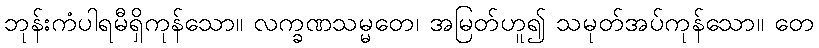
ဘုန်းကံပါရမီရှိကုန်သော။ လက္ခဏသမ္မတေ၊ အမြတ်ဟူ၍ သမုတ်အပ်ကုန်သော။ တေ